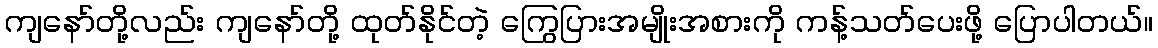
ကျနော်တို့လည်း ကျနော်တို့ ထုတ်နိုင်တဲ့ ကြွေပြားအမျိုးအစားကို ကန့်သတ်ပေးဖို့ ပြောပါတယ်။